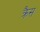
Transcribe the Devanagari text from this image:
क्रैस